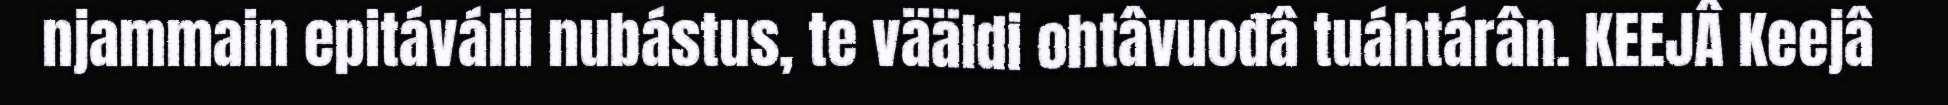
njammain epitáválii nubástus, te vääldi ohtâvuođâ tuáhtárân. KEEJÂ Keejâ